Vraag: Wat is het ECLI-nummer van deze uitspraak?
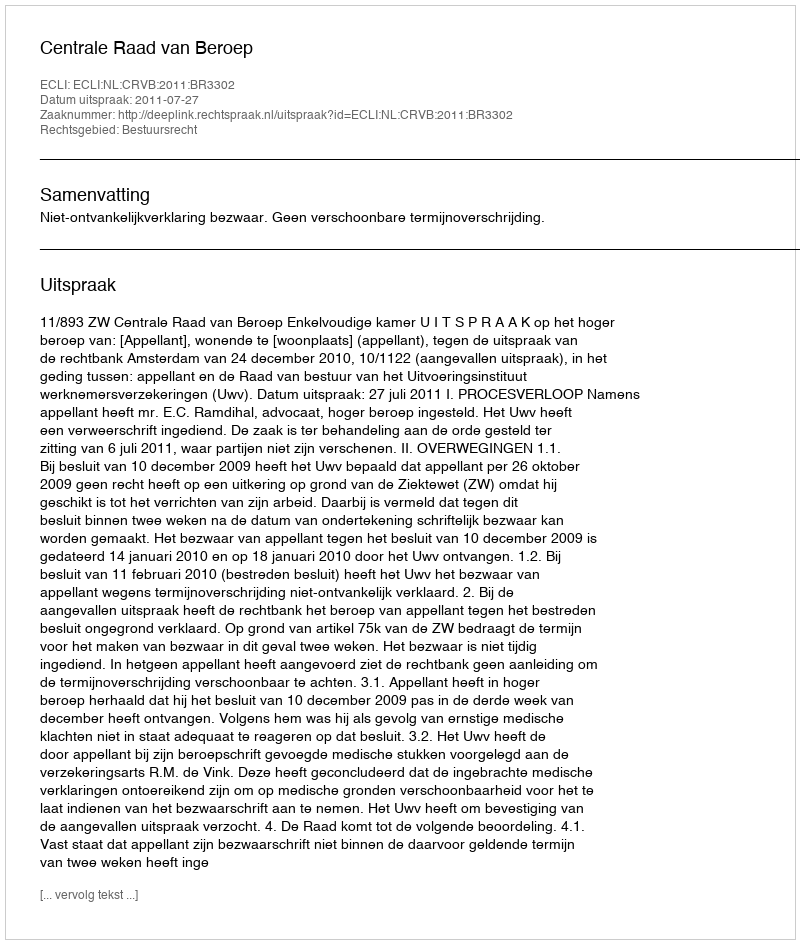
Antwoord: ECLI:NL:CRVB:2011:BR3302